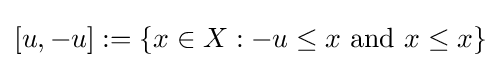
[u,-u]:=\{x\in X:-u\leq x{\text{ and }}x\leq x\}